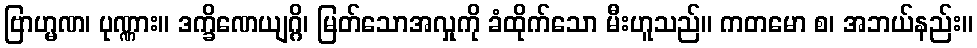
ဗြာဟ္မဏ၊ ပုဏ္ဏား။ ဒက္ခိဏေယျဂ္ဂိ၊ မြတ်သောအလှုကို ခံထိုက်သော မီးဟူသည်။ ကတမော စ၊ အဘယ်နည်း။